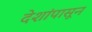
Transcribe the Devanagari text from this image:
देशांपासून